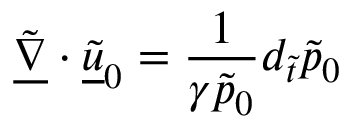
\underline { { \tilde { \nabla } } } \cdot \underline { { \tilde { u } } } _ { 0 } = \frac { 1 } { \gamma \tilde { p } _ { 0 } } d _ { \tilde { t } } \tilde { p } _ { 0 }